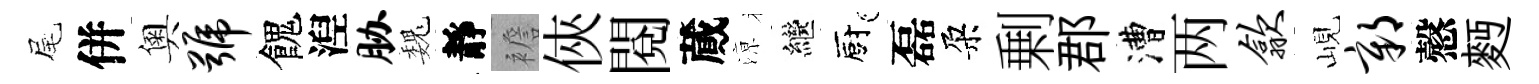
尾併奧号餽湼胁巍靜襜俠閲蕆鿌繼廚磊朶剰郡漕两歙峴鄣慤麪